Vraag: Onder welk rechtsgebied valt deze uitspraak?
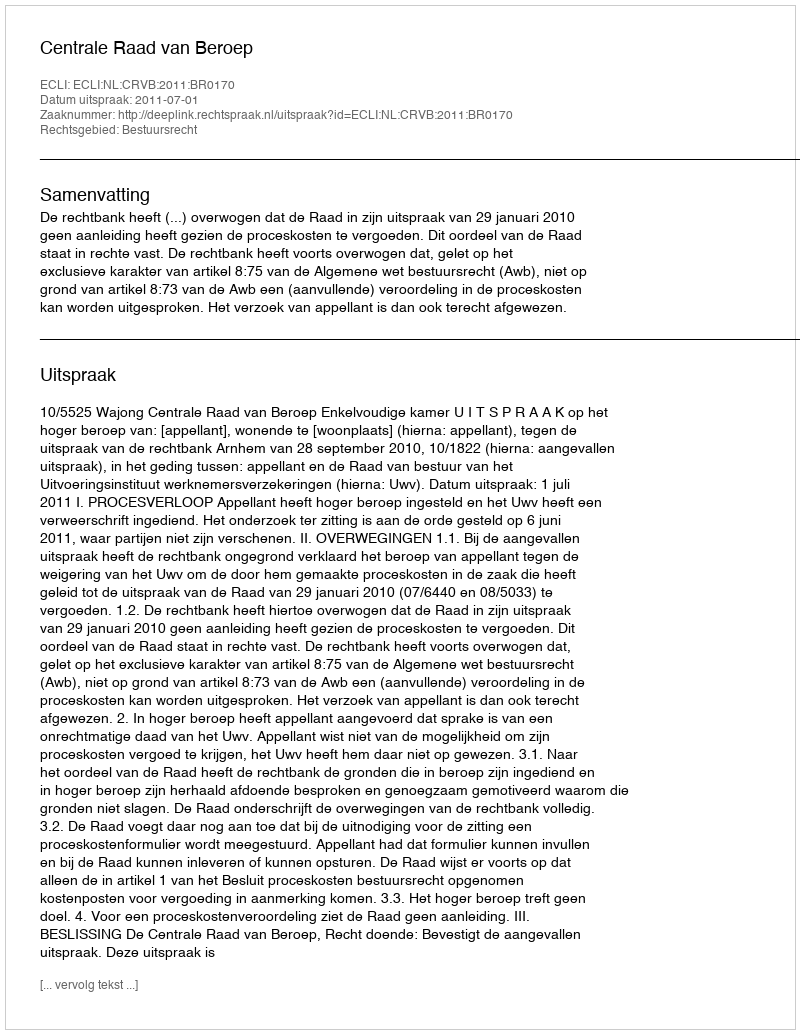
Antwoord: Bestuursrecht